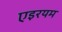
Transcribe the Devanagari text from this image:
एइरयम